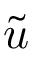
\widetilde { u }